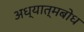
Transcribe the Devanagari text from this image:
अध्यात्मबोध